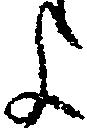
よ